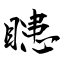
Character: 瞣